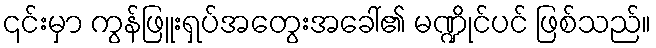
၎င်းမှာ ကွန်ဖြူးရှပ်အတွေးအခေါ်၏ မဏ္ဍိုင်ပင် ဖြစ်သည်။